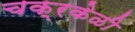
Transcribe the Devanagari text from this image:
चक्रकेळी